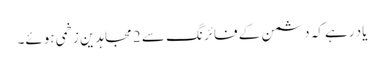
یاد رہے کہ دشمن کے فائرنگ سے 2 مجاہدین زخمی ہوئے۔